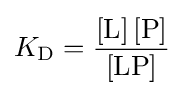
K_{\mathrm {D} }={\frac {\left[{\mathrm {L} }\right]\left[{\mathrm {P} }\right]}{\left[{\mathrm {LP} }\right]}}